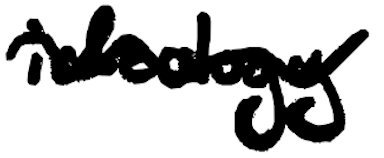
Text: ideology
Cross-out: wave
Writing tool: digital_black